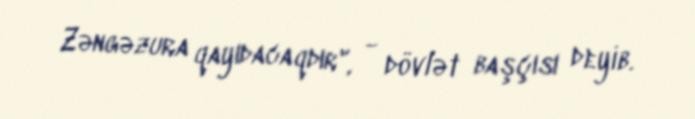
Zəngəzura qayıdacaqdır", - dövlət başçısı deyib.